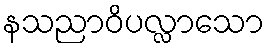
နသညာဝိပလ္လာသော